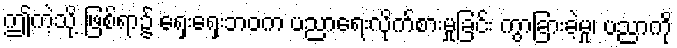
ဤကဲ့သို့ ဖြစ်ရာ၌ ရှေးရှေးဘဝက ပညာရေးလိုက်စားမှုခြင်း ကွာခြားခဲ့မှု၊ ပညာကို